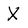
Character: X